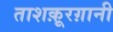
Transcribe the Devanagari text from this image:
ताशक़ूरग़ानी